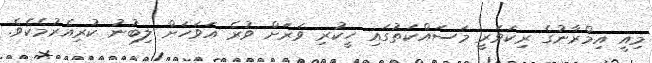
މިއީ އިމްރާނުގެ ރިކަވަރީ މަސައްކަތުގައި ހީކުރި ވަރަށް ވުރެ އަވަހަށް ލިބުނު ކުރިއެރުމެކެވެ.